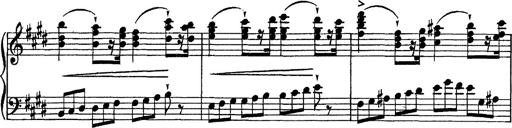
Title: Tarantelle di bravura dâ€™aprÃ¨s la tarantelle de La muette de Portici
Composer: Franz Liszt